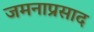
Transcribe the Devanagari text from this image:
जमनाप्रसाद